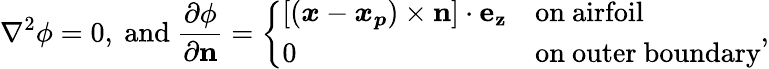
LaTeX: \nabla^{2}\phi=0,~\mathrm{and}~\frac{\partial\phi}{\partial\boldsymbol{\mathrm{n}}}=\left\{ \begin{array}{ll}{[(\boldsymbol{x}-\boldsymbol{x_{p}})\times\boldsymbol{\mathrm{n}}]\cdot\boldsymbol{\mathrm{e_{z}}}}&{\mathrm{on~airfoil}}\\ {0}&{\mathrm{on~outer~boundary}}\end{array}\right.,